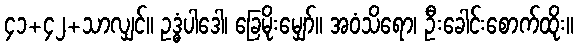
၄၁+၄၂+သာလျှင်။ ဥဒ္ဓံပါဒေါ၊ ခြေမိုးမျှော်။ အဝံသိရော၊ ဦးခေါင်းစောက်ထိုး။